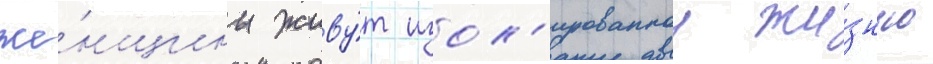
же́нщины живу́т изол'ированнои жи́знью